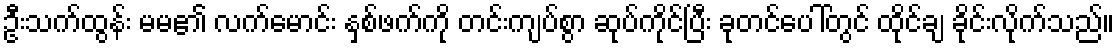
ဦးသက်ထွန်း မမ၏ လက်မောင်း နှစ်ဖက်ကို တင်းကျပ်စွာ ဆုပ်ကိုင်ပြီး ခုတင်ပေါ်တွင် ထိုင်ချ ခိုင်းလိုက်သည်။